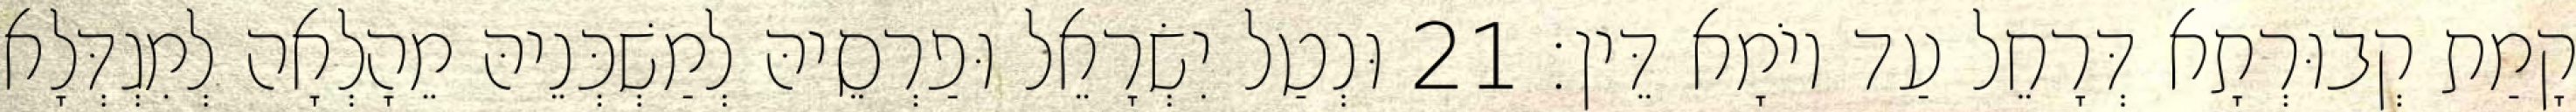
קָמַת קְבוּרְתָא דְּרָחֵל עַד יוֹמָא דֵּין׃ 21 וּנְטַל יִשְׂרָאֵל וּפַרְסֵיהּ לְמַשְׁכְּנֵיהּ מֵהָלְאָה לְמִגְדְּלָא